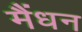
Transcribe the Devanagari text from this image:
मैंधन